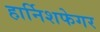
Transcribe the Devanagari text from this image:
हार्निशफेगर